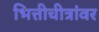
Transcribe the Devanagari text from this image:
भित्तीचीत्रांवर